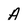
Character: A